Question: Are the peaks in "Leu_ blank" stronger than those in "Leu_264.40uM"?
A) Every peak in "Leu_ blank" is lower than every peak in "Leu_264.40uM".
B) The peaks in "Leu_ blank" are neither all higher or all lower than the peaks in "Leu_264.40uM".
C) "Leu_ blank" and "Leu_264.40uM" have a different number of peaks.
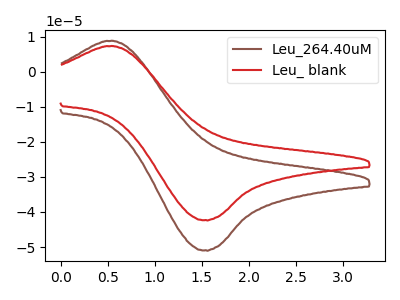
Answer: <think>The brown curve "Leu_264.40uM" has an anodic peak at (0.50V, 8.80uA) and a cathodic peak at (1.55V, -50.90uA). The red curve "Leu_ blank" has an anodic peak at (0.50V, 7.30uA) and a cathodic peak at (1.55V, -42.30uA).</think>
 <answer>A) Every peak in "Leu_ blank" is lower than every peak in "Leu_264.40uM".</answer>
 <eval>A</eval>